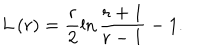
L \left( r \right) = \frac r 2 \ln \frac { r + 1 } { r - 1 } - 1 .